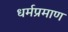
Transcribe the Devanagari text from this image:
धर्मप्रमाण